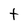
Character: t